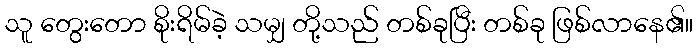
သူ တွေးတော စိုးရိမ်ခဲ့ သမျှ တို့သည် တစ်ခုပြီး တစ်ခု ဖြစ်လာနေ၏။